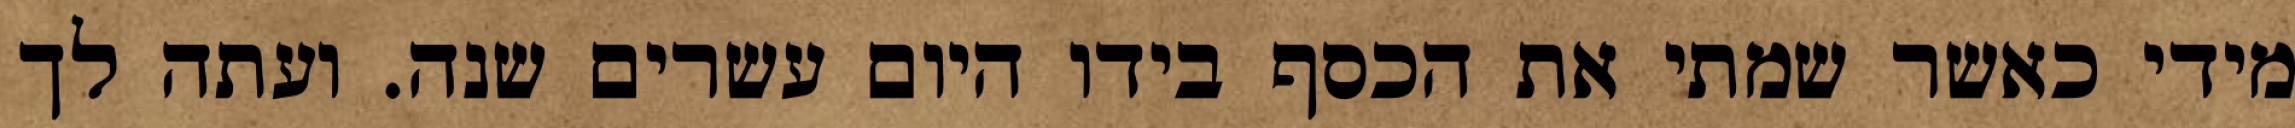
מידי כאשר שמתי את הכסף בידו היום עשרים שנה. ועתה לך